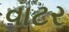
વાટર